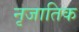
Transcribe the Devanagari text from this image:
नृजातिक